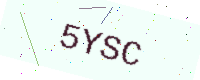
Text: 5YSC